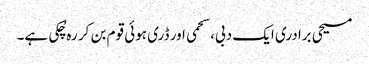
مسیحی برادری ایک دبی، سحمی اور ڈری ہوئی قوم بن کر رہ چُکی ہے۔